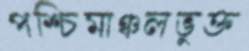
পশ্চিমাঞ্চলভুক্ত